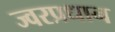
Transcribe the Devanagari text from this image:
ज्वरप्रधान